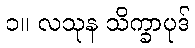
၁။ လသုန သိက္ခာပုဒ်